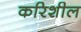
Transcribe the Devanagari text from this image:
करिशील